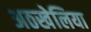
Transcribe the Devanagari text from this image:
अठखेलिया